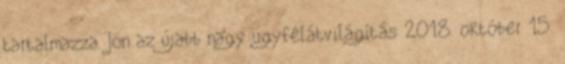
tartalmazza. Jön az újabb nagy ügyfélátvilágítás 2018. október 15.